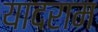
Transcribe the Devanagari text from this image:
यादराम